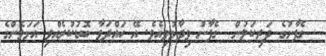
ގެފާނުގެ ދަރިކަލުން  ގެފާނު ވިދާޅުވިއެވެ. އޭ ހައްދަވާ ބޮޑުކުރެއްވި އަޅަމެންގެ